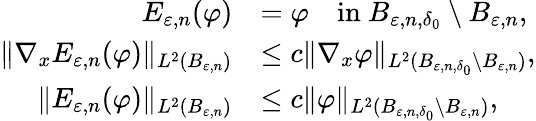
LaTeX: \begin{array}{rl}{E_{\varepsilon,n}(\varphi)}&{=\varphi\quad\mathrm{in~}B_{\varepsilon,n,\delta_{0}}\setminus B_{\varepsilon,n},}\\ {\Vert\nabla_{x}E_{\varepsilon,n}(\varphi)\Vert_{L^{2}(B_{\varepsilon,n})}}&{\leq c\Vert\nabla_{x}\varphi\Vert_{L^{2}(B_{\varepsilon,n,\delta_{0}}\setminus B_{\varepsilon,n})},}\\ {\Vert E_{\varepsilon,n}(\varphi)\Vert_{L^{2}(B_{\varepsilon,n})}}&{\leq c\Vert\varphi\Vert_{L^{2}(B_{\varepsilon,n,\delta_{0}}\setminus B_{\varepsilon,n})},}\end{array}